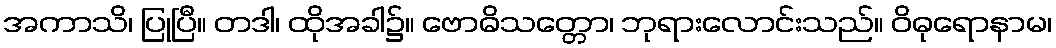
အကာသိ၊ ပြုပြီ။ တဒါ၊ ထိုအခါ၌။ ဗောဓိသတ္တော၊ ဘုရားလောင်းသည်။ ဝိဓုရောနာမ၊